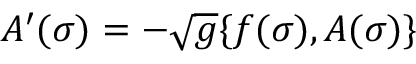
A ^ { \prime } ( \sigma ) = - \sqrt { g } \{ f ( \sigma ) , A ( \sigma ) \}